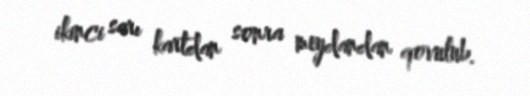
ikinci sarı kartdan sonra meydandan qovulub.